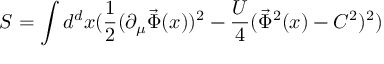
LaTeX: S = \int d ^ { d } x ( \frac { 1 } { 2 } ( \partial _ { \mu } \vec { \Phi } ( x ) ) ^ { 2 } - \frac { U } { 4 } ( \vec { \Phi } ^ { 2 } ( x ) - C ^ { 2 } ) ^ { 2 } )